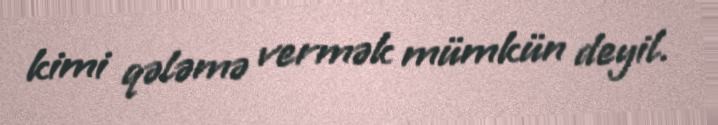
kimi qələmə vermək mümkün deyil.